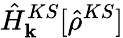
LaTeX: \hat{H}_{\mathbf k}^{KS}[\hat{\rho}^{KS}]